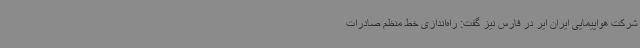
شرکت هواپیمایی ایران ایر در فارس نیز گفت: راه‌اندازی خط منظم صادرات